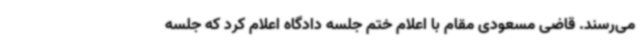
می‌رسند. قاضی مسعودی مقام با اعلام ختم جلسه دادگاه اعلام کرد که جلسه